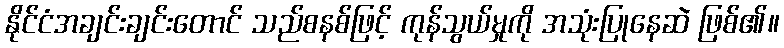
နိုင်ငံအချင်းချင်းတောင် သည်စနစ်ဖြင့် ကုန်သွယ်မှုကို အသုံးပြုနေဆဲ ဖြစ်၏။